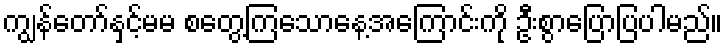
ကျွန်တော်နှင့်မမ စတွေ့ကြသောနေ့အကြောင်းကို ဦးစွာပြောပြပါမည်။